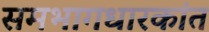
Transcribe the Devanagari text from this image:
समभागधारकांत